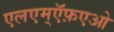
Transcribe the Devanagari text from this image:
एलएम्ऍफ़एओ